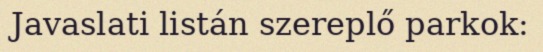
Javaslati listán szereplő parkok: